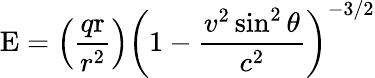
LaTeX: \mathrm{E}=\left({\frac{q\mathrm{r}}{r^{2}}}\right)\left(1-{\frac{v^{2}\sin^{2}\theta}{c^{2}}}\right)^{-3/2}